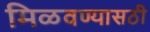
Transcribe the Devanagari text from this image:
मिळवण्यासठी